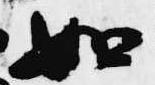
如